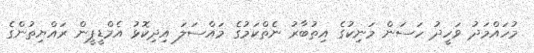
މުހައްމަދު ވަހީދު ހަސަން މަނިކުގެ އިތުބާރު ނެތްކަމުގެ މައްސަލަ އިދިކޮޅު އެމްޑީޕީން ރައްޔިތުންގެ